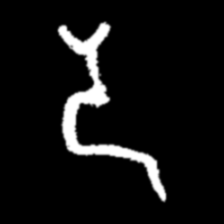
Pyu character \u2014 Myanmar letter: ဒ (romanized: da)